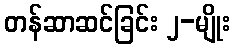
တန်ဆာဆင်ခြင်း ၂-မျိုး